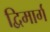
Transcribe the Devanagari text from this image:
द्विमार्ग